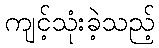
ကျင့်သုံးခဲ့သည့်